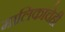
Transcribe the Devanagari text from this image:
मालिकांचेही